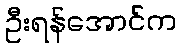
ဦးရန်အောင်က